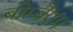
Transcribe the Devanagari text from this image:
बोम्बैएम